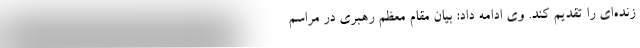
زنده‌ای را تقدیم کند. وی ادامه داد: بیان مقام معظم رهبری در مراسم